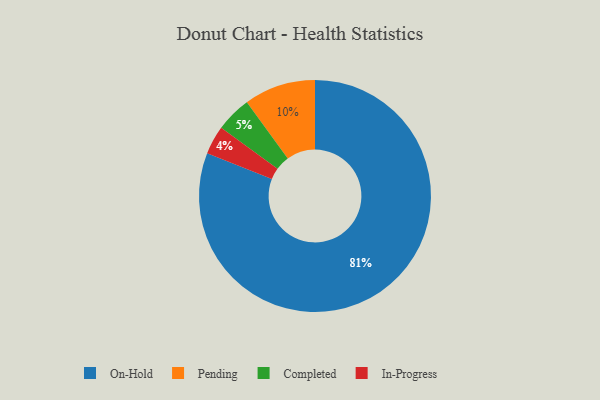
{"axis": {"x": "Category", "y": "Percentage"}, "legend": ["Completed", "In-Progress", "On-Hold", "Pending"], "data": [{"x": "On-Hold", "y": 81, "type": "On-Hold"}, {"x": "Pending", "y": 10, "type": "Pending"}, {"x": "In-Progress", "y": 4, "type": "In-Progress"}, {"x": "Completed", "y": 5, "type": "Completed"}]}